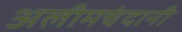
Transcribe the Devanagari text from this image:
अलीमचंदानी